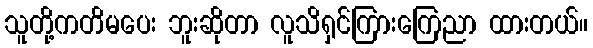
သူတို့ကတိမပေး ဘူးဆိုတာ လူသိရှင်ကြားကြေညာ ထားတယ်။